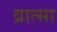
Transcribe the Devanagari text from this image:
व्रात्सा